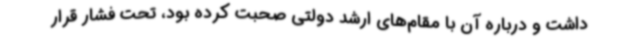
داشت و درباره آن با مقام‌های ارشد دولتی صحبت کرده بود، تحت فشار قرار